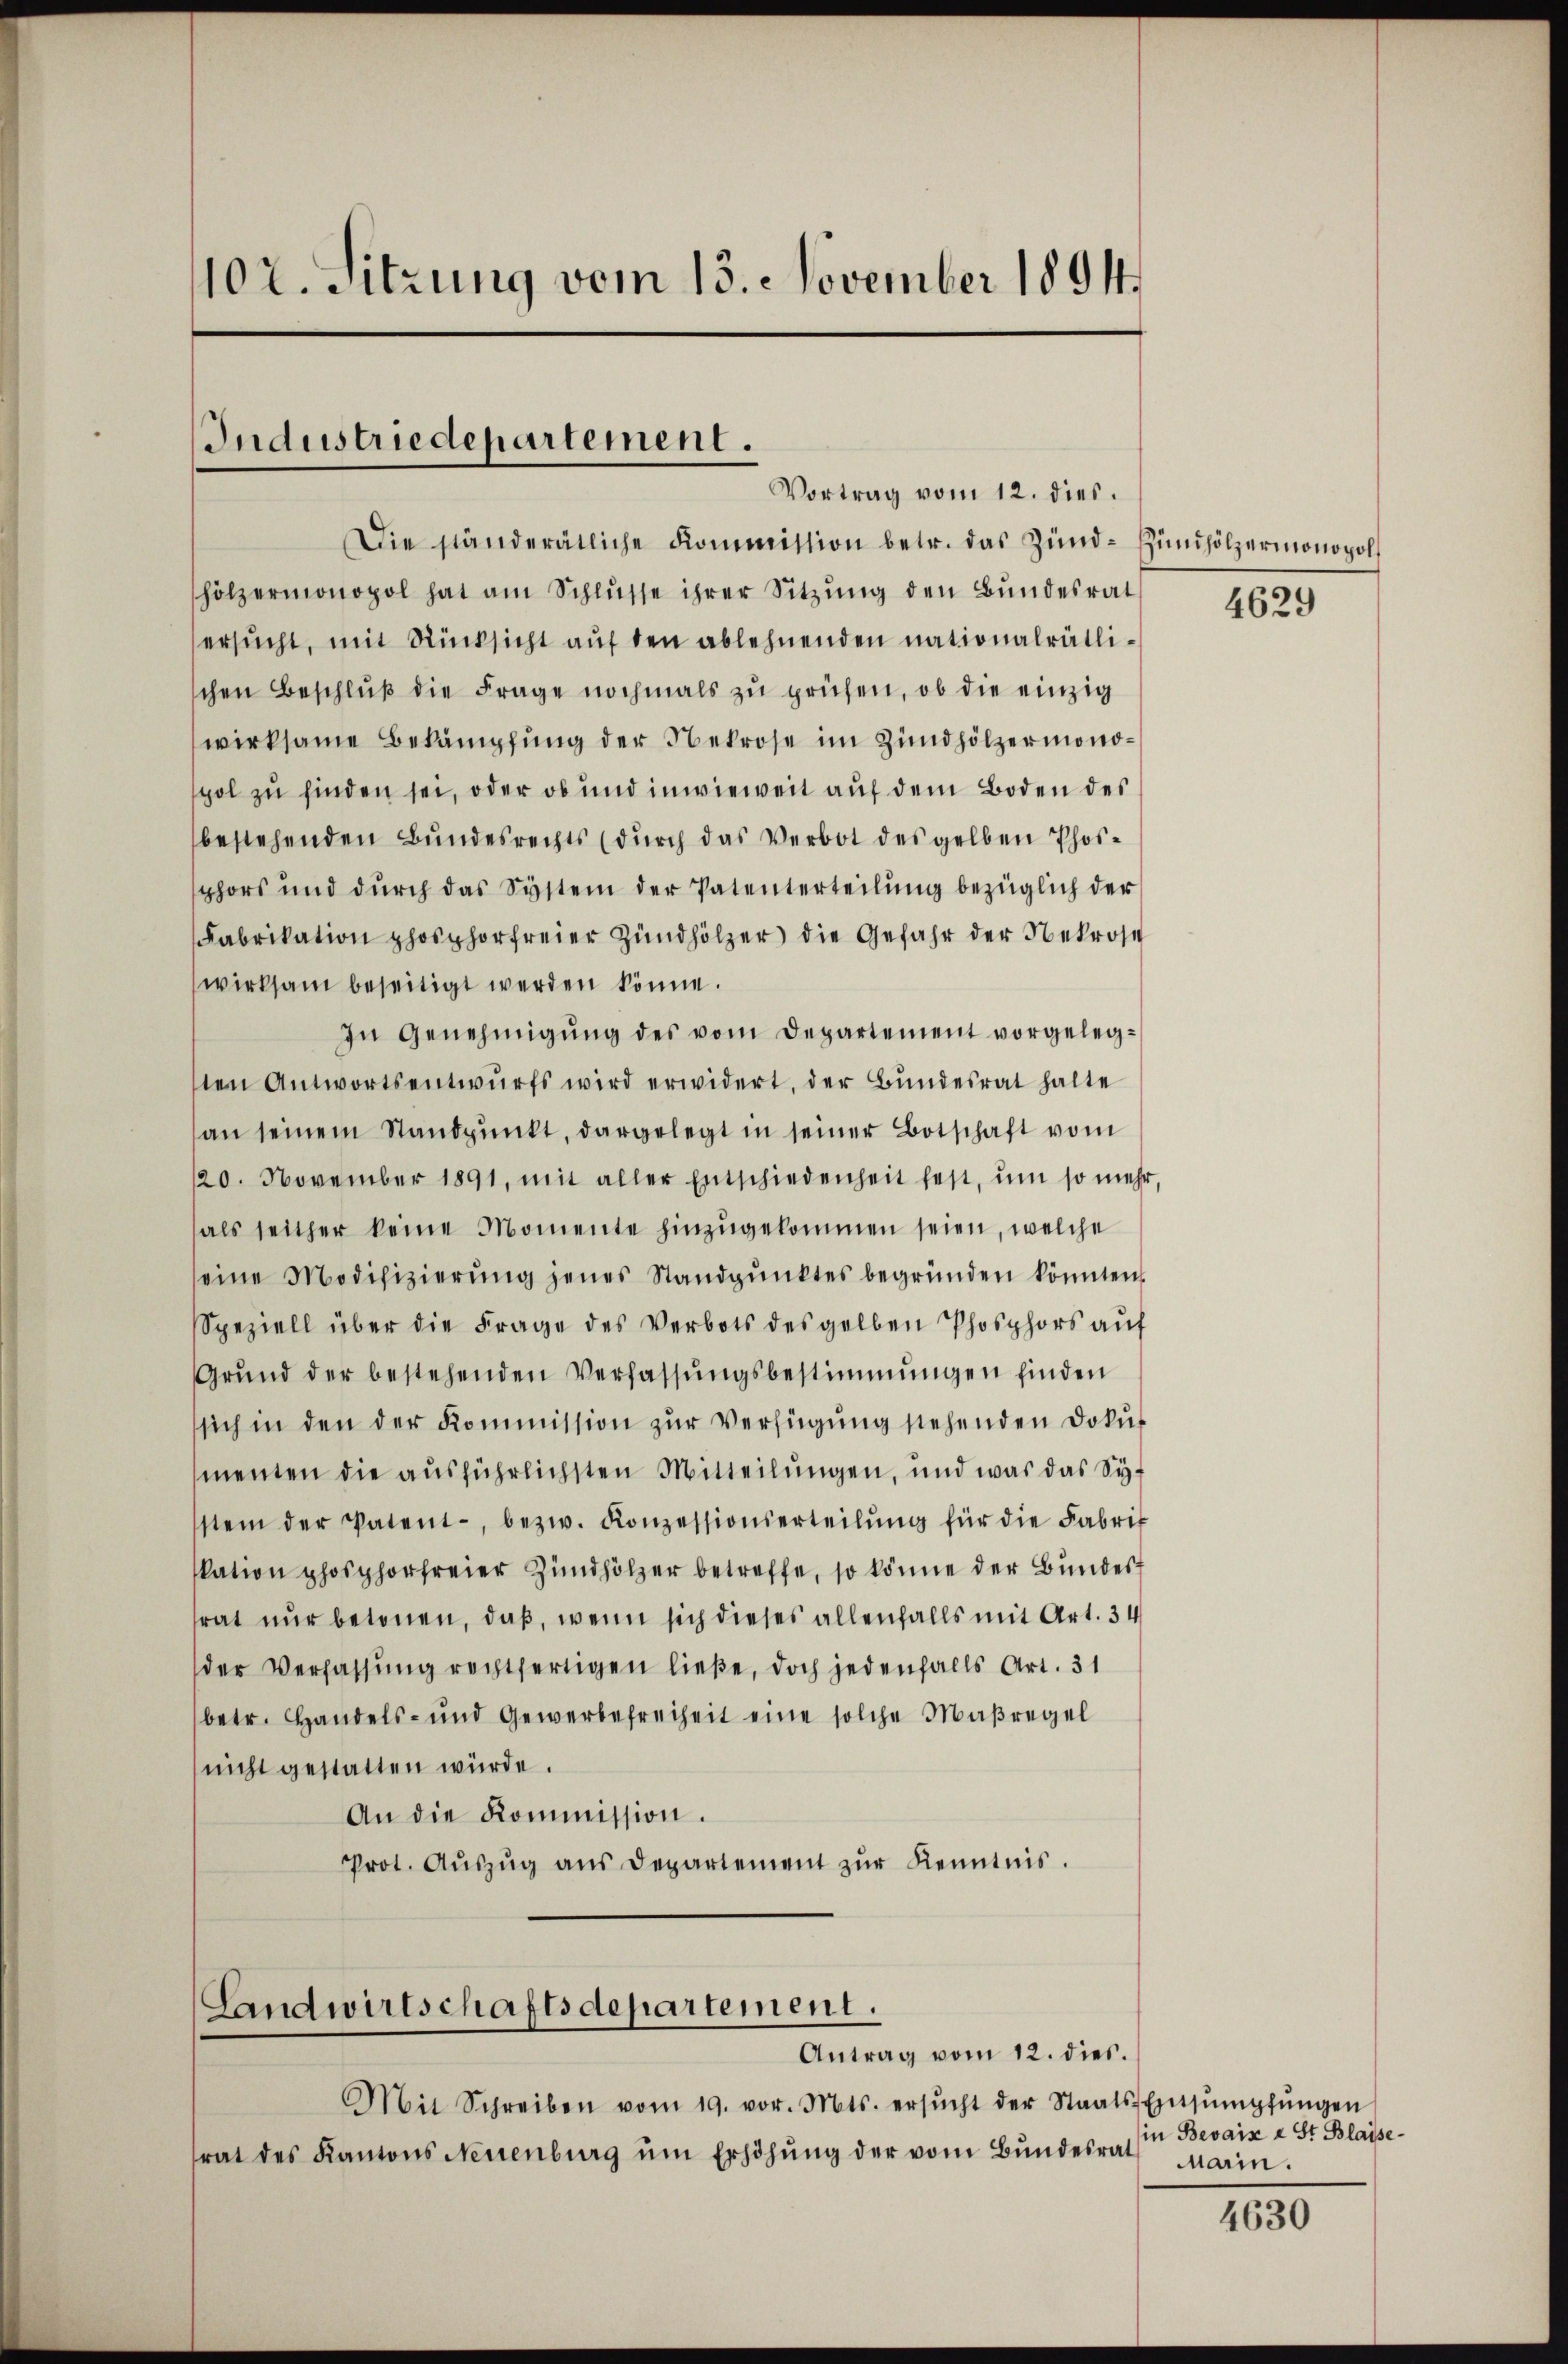
102. Sitzung vom 15. November 1894.

Industriedepartement.
Vortrag vom 12. dies.

Die ständerätliche kommission betr. das Zünd-Zündhölzermonopol
hölzermonopol hat am Schlŭsse ihrer Sitzŭng den Bundesrat
ersucht, mit Rücksicht auf den ablehnenden nationalrätlischen Beschlŭβ die Frage nochmals zŭ prüfen, ob die einzig
wirksame Bekämpfung der Nekrose im Zündhölzermonopol zu finden sei, oder ob und inwieweit auf dem Boden des
bestehenden Bŭndesrechts (dŭrch das Verbot des gelben Phos-
sphors und durch das System der Patenterteilung bezüglich der
Fabrikation phosphorfreier Zündhölzer die Gefahr der Nekrose
wirksam beseitigt werden könne.
In Genehmigŭng des vom Departement vorgelegsten Antwortsentwŭrfs wird erwidert, der Bundesrat halte
an seinem Standpunkt, dargelegt in seiner Botschaft vom
120. November 1891, mit aller Entschiedenheit fest, um so mehr,
als seither keine Momente hinzŭgekommen seien, welche
seine Modifizierŭng jenes Standpŭnktes begründen könnten.
Speziell über die Frage des Verbots des gelben Phosphors auf
Grŭnd der bestehenden Verfassŭngsbestimmungen finden
sich in den der Kommission zŭr Verfügŭng stehenden Dokŭ-
menten die ausführlichsten Mitteilungen, und was das Sy-
stem der Patent, bezw. Konzessionserteilŭng für die Fabrif
kation phosphorfreier Zündhölzer betreffe, so könne der Bunder
rat nur betonen, daß, wenn sich dieses allenfalls mit Art. 34
der Verfassŭng rechtfertigen ließe, doch jedenfalls Art. 31
betr. Handels- und Gewerbefreiheit eine solche Maßregel
nicht gestatten würde.
An die Kommission.
Prot. Aŭszŭg ans Departement zŭr Kenntnis.

Landwirtschaftsdepartement.
Antrag vom 12. dies.

Mit Schreiben vom 19. vor. Mts. ersŭcht der Staa
trat des Kantons Neuenburg ŭm Erhöhŭng der vom Bundesrat

4629

s Entsumpfungen
in Bevais u St. Blaise¬
Marin.

4630